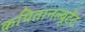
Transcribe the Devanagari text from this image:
कपितानल्यूटेंट